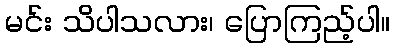
မင်း သိပါသလား၊ ပြောကြည့်ပါ။